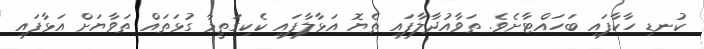
ކުނޑި ހާކާފައި ބަހައްޓާށެވެ. ތަވާއުދާލާފައި ތެޔޮ އަޅާލާފައި ކެކިގަތީމާ ގުޅަތައް ތަވާޔަށް އަޅާފައި